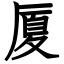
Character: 厦